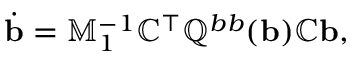
\dot { \mathbf b } = \mathbb { M } _ { 1 } ^ { - 1 } \mathbb { C } ^ { \top } \mathbb { Q } ^ { b b } ( { \mathbf b } ) \mathbb { C } { \mathbf b } ,